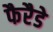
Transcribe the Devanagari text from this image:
फैरैडे